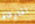
المتوفاة